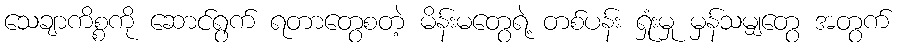
သေချာကိစ္စကို ဆောင်ရွက် ရတာတွေစတဲ့ မိန်းမတွေရဲ့ တစ်ပန်း ရှုံးမှု မှန်သမျှတွေ အတွက်